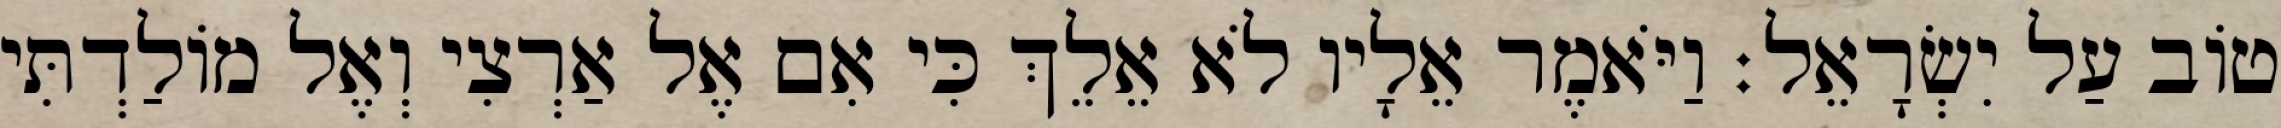
טוֹב עַל יִשְׂרָאֵל׃ וַיֹּאמֶר אֵלָיו לֹא אֵלֵךְ כִּי אִם אֶל אַרְצִי וְאֶל מוֹלַדְתִּי